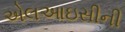
એલઆઇસીની